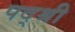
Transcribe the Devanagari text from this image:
पद्श्री